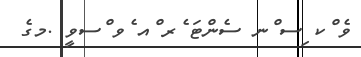
ވެ ްކ ިސ ްނ ސެންޓަ ެރ ްއ ެވ ްސވީީ .މގެ